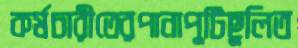
কর্মচারীতেরপানাপুটিছুলিত